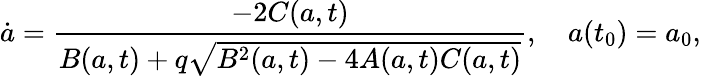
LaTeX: \dot{a}=\frac{-2C(a,t)}{B(a,t)+q\sqrt{B^{2}(a,t)-4A(a,t)C(a,t)}},\quad a(t_{0})=a_{0},